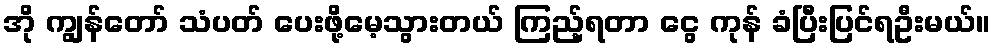
အို ကျွန်တော် သံပတ် ပေးဖို့မေ့သွားတယ် ကြည့်ရတာ ငွေ ကုန် ခံပြီးပြင်ရဦးမယ်။